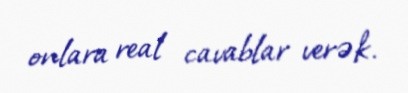
onlara real cavablar verək.